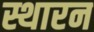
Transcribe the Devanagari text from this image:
स्थारन